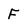
Character: F